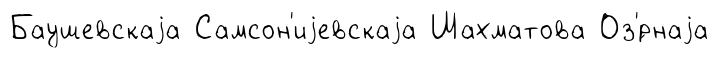
Баушевскаjа Самсон'иjевскаjа Шахматова Оз'́рнаjа